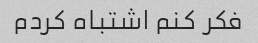
فکر کنم اشتباه کردم